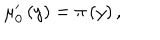
LaTeX: \mu _ { 0 } ^ { \prime } \left( y \right) = \pi \left( y \right) ,